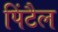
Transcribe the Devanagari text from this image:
पिंटैल